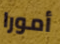
أمورا